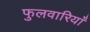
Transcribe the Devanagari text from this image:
फुलवारियाँ